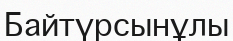
Байтүрсынұлы